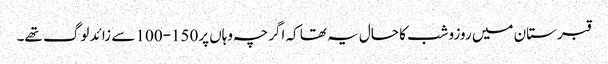
قبرستان میں روزوشب کا حال یہ تھا کہ اگرچہ وہاں پر150-100 سے زائد لوگ تھے۔